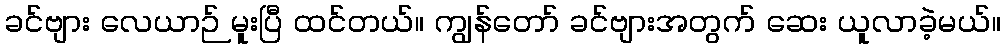
ခင်ဗျား လေယာဉ် မူးပြီ ထင်တယ်။ ကျွန်တော် ခင်ဗျားအတွက် ဆေး ယူလာခဲ့မယ်။